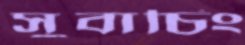
সুবাচিং